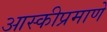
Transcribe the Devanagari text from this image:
आस्कीप्रमाणे